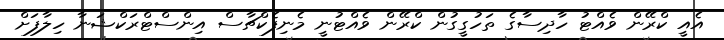
އެއީ ކްރޭން ވެއްޓު ހާދިސާގެ ތަހުގީގުން ކްރޭން ވެއްޓުނީ މެނިފެކްޗާސް އިންސްޓްރަކްޝަނާ ހިލާފަށް